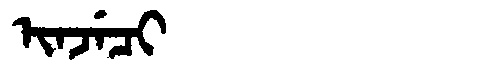
Manchu: ᡳᠨᠵᡝᠴᡳ
Romanization: INJECI